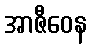
အာဇီဝေန